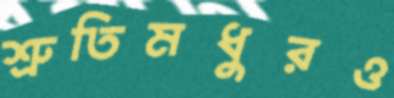
শ্রুতিমধুরও